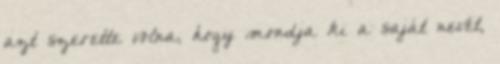
azt szerette volna, hogy mondja ki a saját nevét,